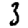
Digit: 3